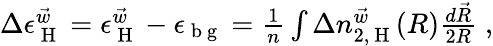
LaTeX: \begin{array}{r}{\Delta\epsilon_{\mathrm{~H~}}^{\vec{w}}=\epsilon_{\mathrm{~H~}}^{\vec{w}}-\epsilon_{{\mathrm{~b~g~}}}=\frac{1}{n}\int\Delta n_{2,\mathrm{~H~}}^{\vec{w}}(R)\frac{d\vec{R}}{2R}\; ,}\end{array}